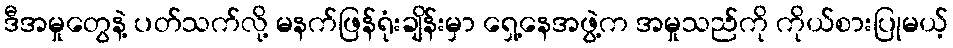
ဒီအမှုတွေနဲ့ ပတ်သက်လို့ မနက်ဖြန်ရုံးချိန်းမှာ ရှေ့နေအဖွဲ့က အမှုသည်ကို ကိုယ်စားပြုမယ့်